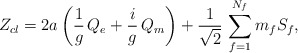
\begin{align*}Z_{cl}=2a\,\biggl({1\over g}\, Q_{e} + {i\over g}\, Q_{m}\biggr) +{1\over\sqrt{2}}\, \sum _{f=1}^{N_{f}}m_{f}S_{f},\end{align*}